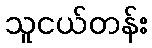
သူငယ်တန်း